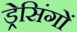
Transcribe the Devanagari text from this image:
ड्रेसिंगों